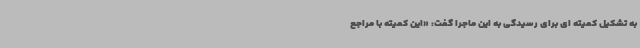
به تشکیل کمیته ای برای رسیدگی به این ماجرا گفت: «این کمیته با مراجع